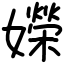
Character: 嬫